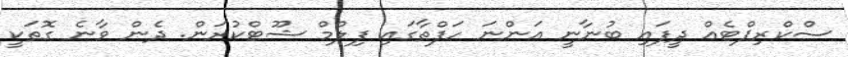
ސްކްރިޕްޓެއް ދީފައި ބުނާނީ އަންނަ ހަފްތާގައި ފިލްމް ޝޫޓްކުރަން. ދެން ވާނެ ގޮތަކީ